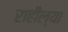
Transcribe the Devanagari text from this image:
राहील्या